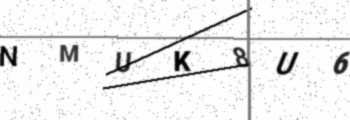
Text: NMUK8U6